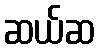
ဆယ်ဆ